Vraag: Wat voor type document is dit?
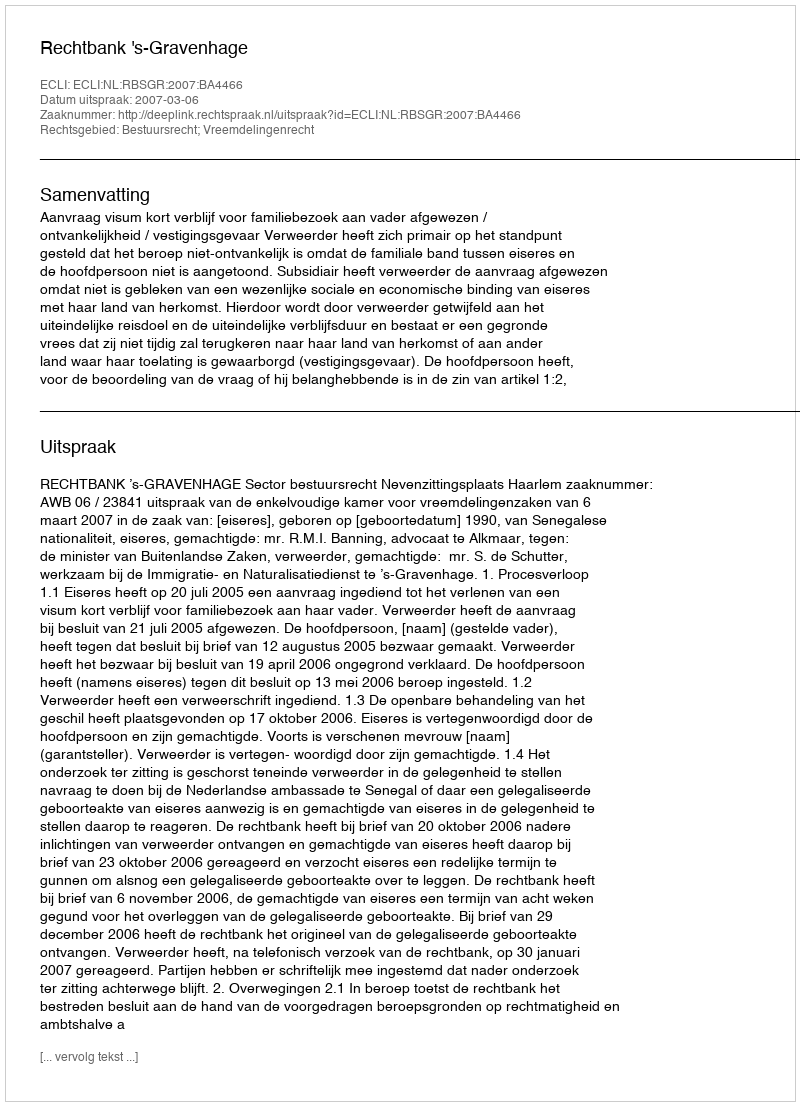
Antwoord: Uitspraak